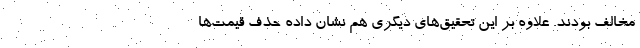
مخالف بودند. علاوه بر این تحقیق‌های دیگری هم نشان داده حذف قیمت‌ها